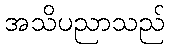
အသိပညာသည်